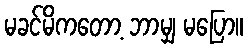
မခင်မိကတော့ ဘာမျှ မပြော။